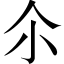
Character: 尒